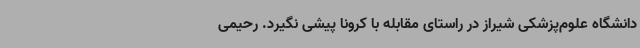
دانشگاه علوم‌پزشکی شیراز در راستای مقابله با کرونا پیشی نگیرد. رحیمی